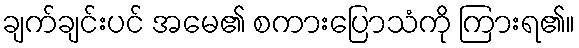
ချက်ချင်းပင် အမေ၏ စကားပြောသံကို ကြားရ၏။